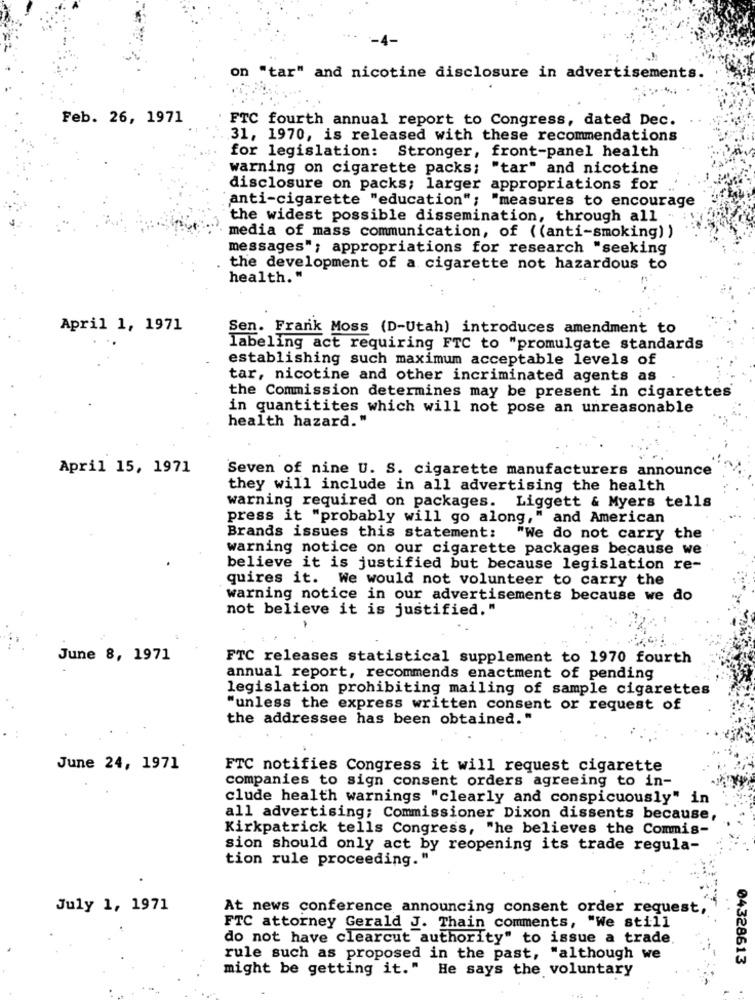
'-4-
on "tar" and nicotine disclosure in advertisements.
Feb. 26, 1971
FTC fourth annual report to Congress, dated Dec.
31, 1970, is released with these recommendations
for legislation: Stronger, front-panel health
warning on cigarette packs;
"tar" and nicotine
disclosure on packs; larger appropriations for
anti-cigarette "education"; "measures to encourage
the widest possible dissemination, through all "
media of mass communication, of ((anti-smoking) )
messages"; appropriations for research "seeking
the development of a cigarette not hazardous to
health. "
April 1, 1971
Sen. Frank Moss (D-Utah) introduces amendment to
labeling act requiring FTC to "promulgate standards
establishing such maximum acceptable levels of
tar, nicotine and other incriminated agents as
the Commission determines may be present in cigarettes
in quantitites which will not pose an unreasonable
health hazard."
April 15, 1971
Seven of nine U. S. cigarette manufacturers announce
they will include in all advertising the health
warning required on packages. Liggett & Myers tells
press it "probably will go along," and American
Brands issues this statement: "We do not carry the
warning notice on our cigarette packages because we
believe it is justified but because legislation re-
quires it. We would not volunteer to carry the
warning notice in our advertisements because we do
not believe it is justified."
June 8, 1971
FTC releases statistical supplement to 1970 fourth
annual report, recommends enactment of pending
legislation prohibiting mailing of sample cigarettes
"unless the express written consent or request of
the addressee has been obtained."
June 24, 1971
FTC notifies Congress it will request cigarette
companies to sign consent orders agreeing to in-
clude health warnings "clearly and conspicuously" in
all advertising; Commissioner Dixon dissents because,
Kirkpatrick tells Congress, "he believes the Commis-
sion should only act by reopening its trade regula-
tion rule proceeding."
July 1, 1971
At news conference announcing consent order request,
FTC attorney Gerald J. Thain comments, "We still
do not have clearcut authority" to issue a trade.
rule such as proposed in the past, "although we
04328613
might be getting it." He says the voluntary